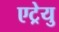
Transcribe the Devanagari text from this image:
एट्रेयु